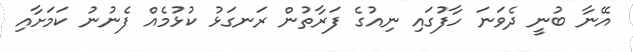
އޭނާ ބުނީ ދެވަނަ ހާފުގައި ނިއުގެ ފަރާތުން ރަނގަޅު ކުޅުމެއް ފެނުނު ކަމަށާއި